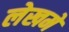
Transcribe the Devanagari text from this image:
लेखमें